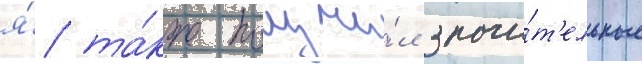
я́ та́кже получи́л значи́т'ельные